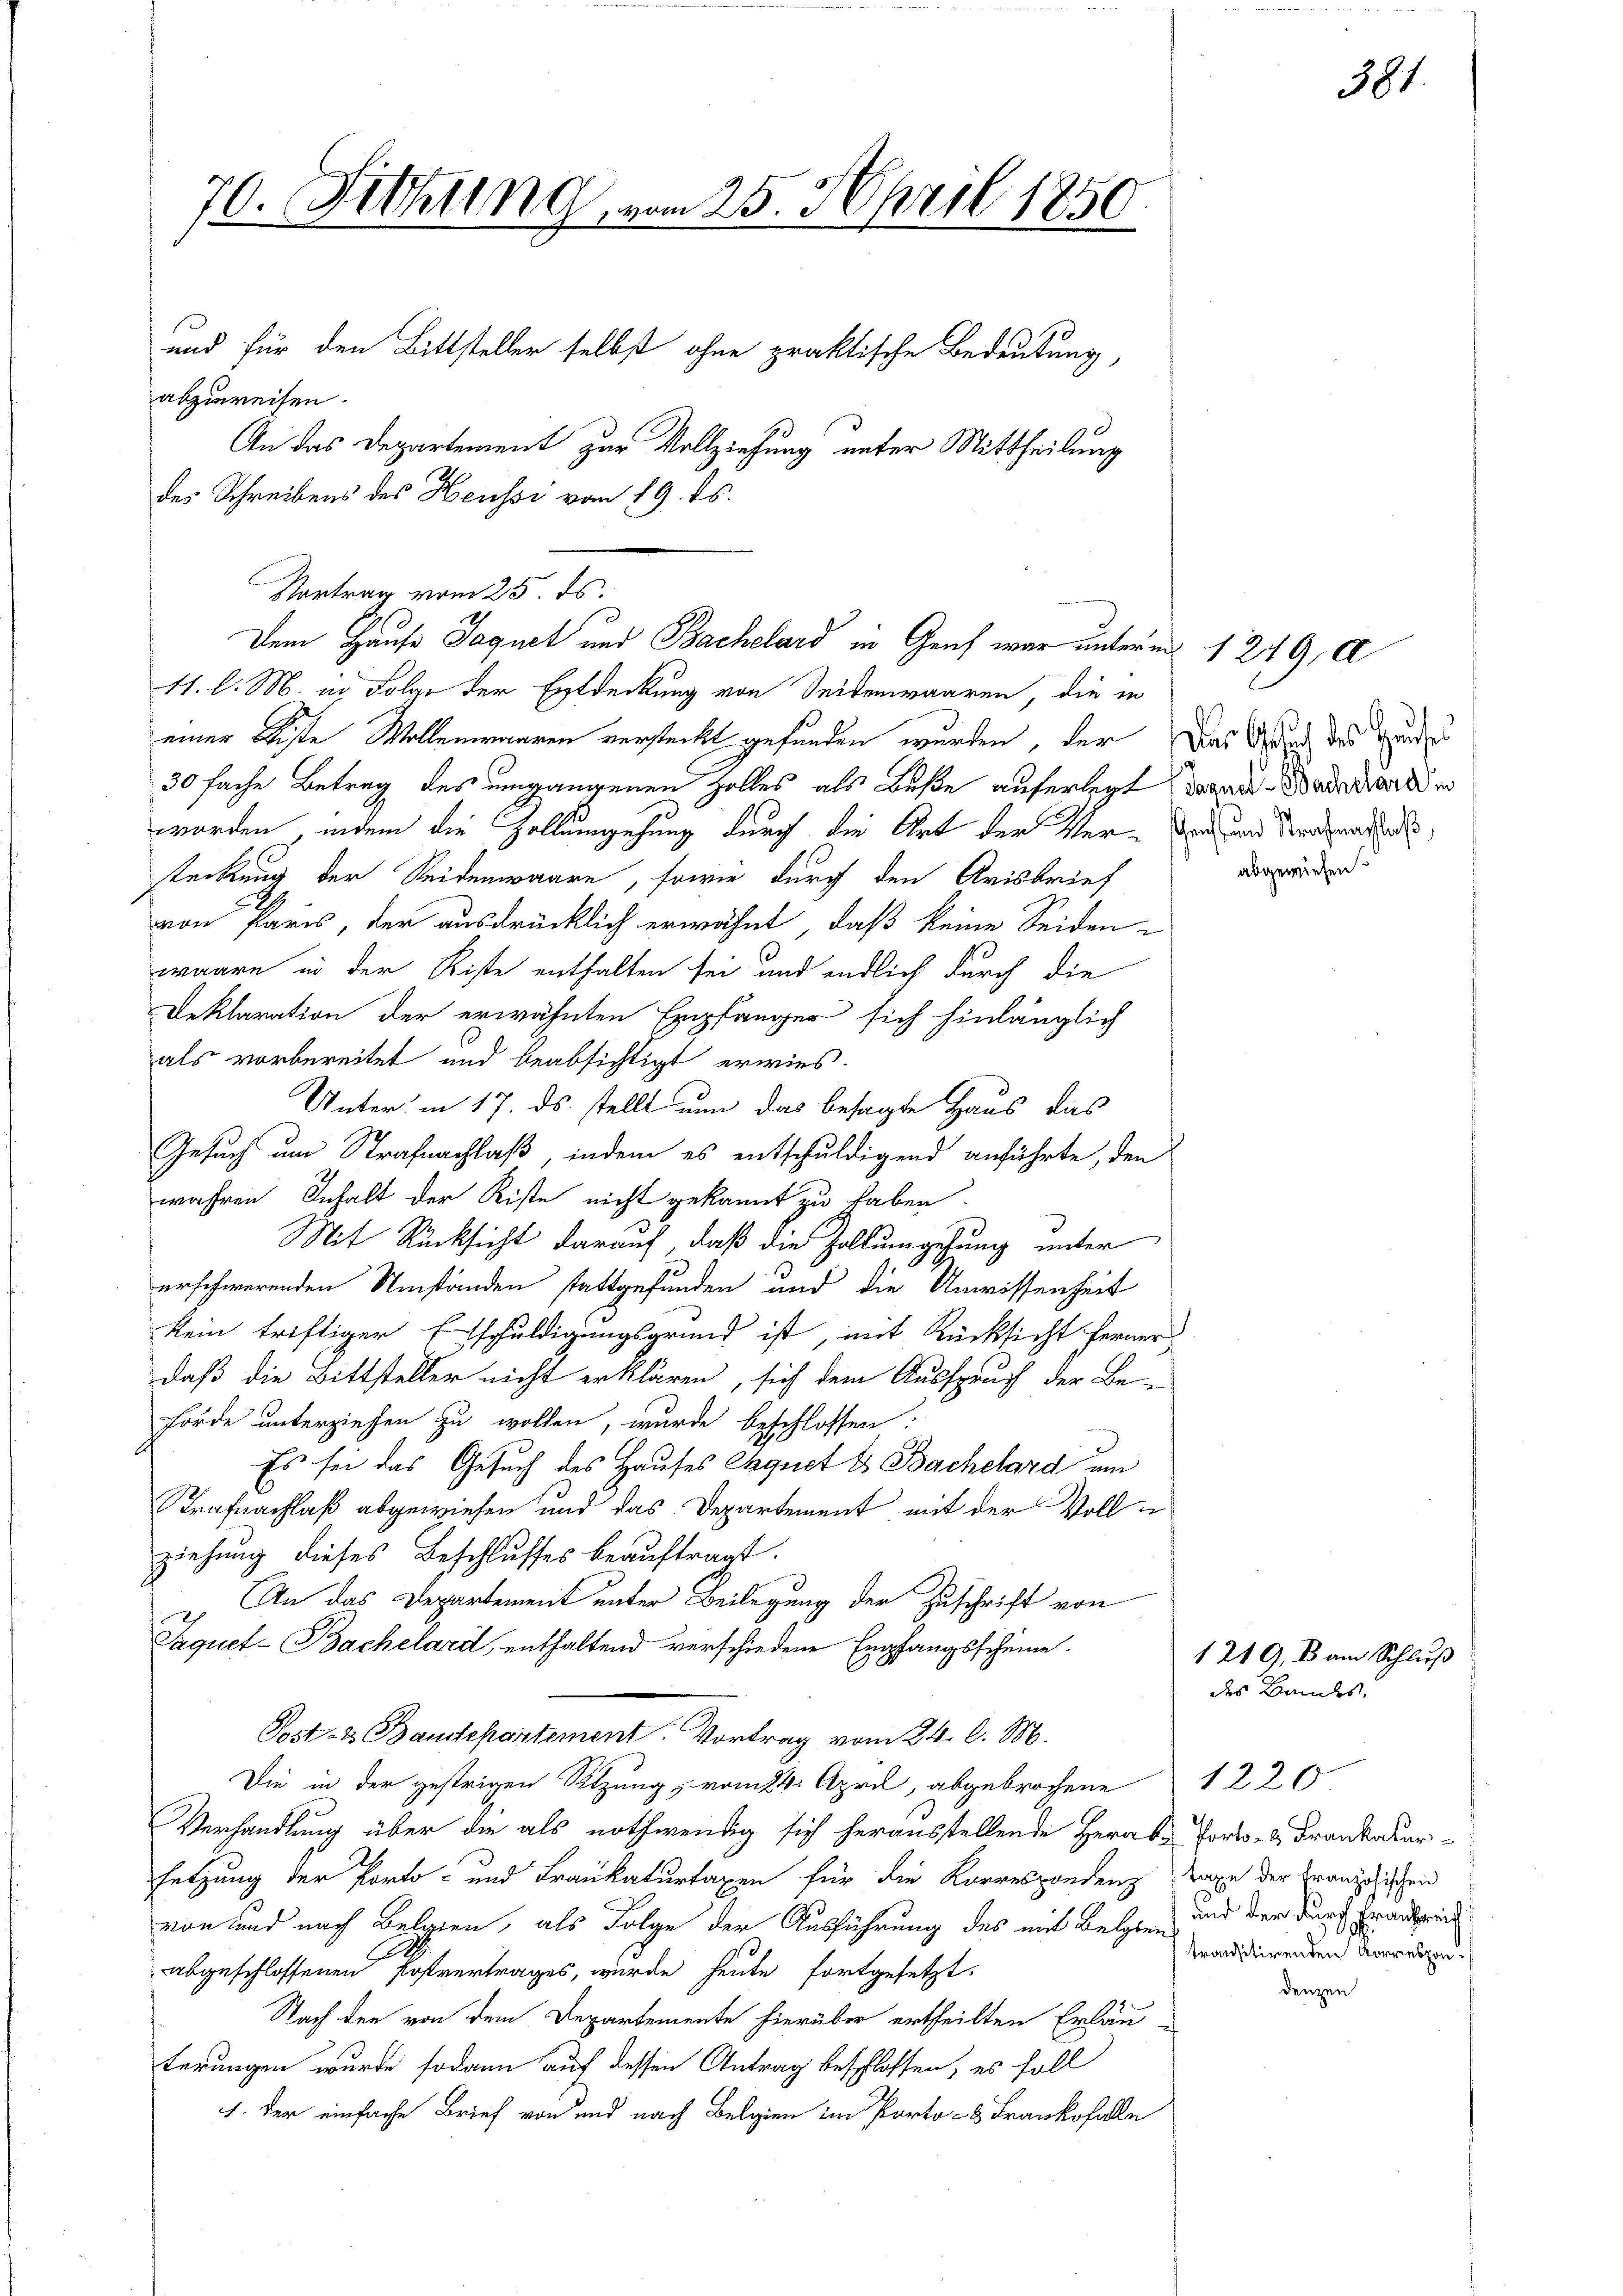
70. Fettung, vom 25. April 1850

abzureisen.
11. l. M. in Folge der Entdeckung von Seitenwaaren, die in
einer Kiste Wollenwaaren versteckt gefunden wurden, der Das Wird des Bunde
30 fache Betrag des umgangenen Zolles als Beße auferlegt darau Baderart e
worden, indem die Zollumgehung durch die Art der Ver- und dermaßen,
teckung der Seidenwaare, sowie durch den Arisbrief
von Paris, der ausdrücklich erwähnt, daß keine Seiden-
waare in der Kiste enthalten sei und endlich durch die
Deklaration der erwähnten Empfänger sich hinlänglich
als vorbereitet und beabsichtigt erwies.
Unter in 17. ds. stellt nun das besagte Haus das
Gesuch um Strafnachlaß, indem es entschuldigend anführte, den
wahren Inhalt der Kiste nicht gekannt zu haben.
Mit Rücksicht darauf, daß die Zollumgehung unter
erschwerenden Umständen stattgefunden und die Unwissenheit
kein triftiger Etschuldigungsgrund ist, mit Rücksicht ferner
daß die Bittsteller nicht erklären, sich dem Ausspruch der Be-
Förde unterziehen zu wollen, wurde beschlossen:
Es sei das Gesuch des Hauses Paquet & Bachelard um
Trafnachlaß abgewiesen und das Departement mit der Vollziehung dieses Beschlusses beauftragt.
An das Departement unter Beilegung der Zuschrift von
Jaquet-Bachelard, enthaltend verschiedene Empfangsscheine.
Post- & Baudepartement: Vortrag vom 24. d. M.
Die in der gestrigen Sitzung, vom 24. April, abgebrochene 1226
Verhandlung über die als nothwendig sich herausstellende Herab Ports- & Frankatur-
setzung der Porto- und Fraukaturtaxen für die Korrespondenz Taxe der Französischen
von und nach Belgien, als Folge der Ausführung des mit Letzten und der durch Frankreic
abgeschlossenen Postvertrages, wurde heute fortgesetzt.
Nach den von dem Departemente hierüber ertheilten Erläu-
terungen wurde sodann auf dessen Antrag beschlossen, es soll
1. Der einfache Brief von und nach Belgien im Porto- u Frankofalle

und für den Bittsteller selbst ohne praktische Bedeutung,
An das Departement zur Vollziehung unter Mittheilung
des Schreibens des Heussi vom 19. ds.

Vortrag vom 25. ds.
Dem Hause Jaquet und Bachelard in Genf war unterm 1249, d

1219, B am Schluß
des Bandes.

transitirenden Korrespon¬

iehen

381.